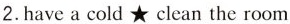
2.have a cold ★ clean the room